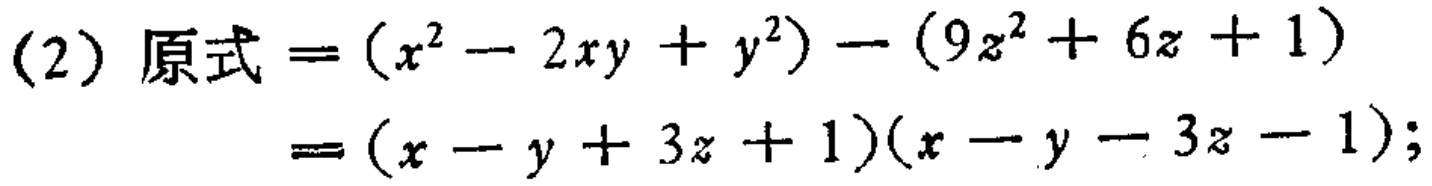
(2) 原式$=(x^{2}-2xy + y^{2})-(9z^{2}+6z + 1)$

$=(x - y + 3z + 1)(x - y - 3z - 1);$